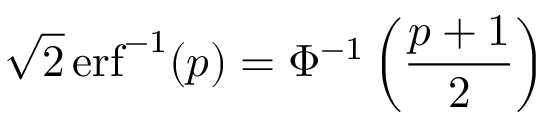
{ \sqrt { 2 } } \operatorname { e r f } ^ { - 1 } ( p ) = \Phi ^ { - 1 } \left( { \frac { p + 1 } { 2 } } \right)